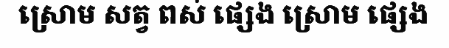
ស្រោម សត្វ ពស់ ផ្សេង ស្រោម ផ្សេង